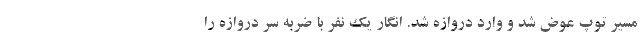
مسیر توپ عوض شد و وارد دروازه شد. انگار یک نفر با ضربه سر دروازه را